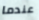
عندما